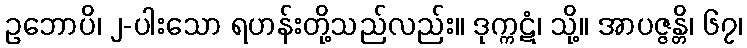
ဥဘောပိ၊ ၂-ပါးသော ရဟန်းတို့သည်လည်း။ ဒုက္ကဋံ၊ သို့။ အာပဇ္ဇန္တိ၊ ၆၇၊